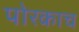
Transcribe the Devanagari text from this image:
पोरकाच